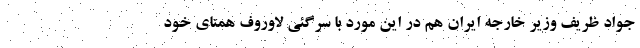
جواد ظریف وزیر خارجه ایران هم در این مورد با سرگئی لاوروف همتای خود